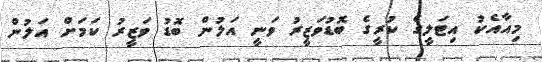
މިއާއެކު އިޓަލީގެ ކުރީގެ ބޮޑުވަޒީރު ވަނީ އަލުން ބޮޑު ވަޒީރު ކަމަށް އަލުން